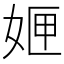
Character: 𭑻